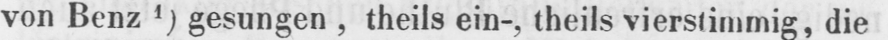
von Benz 1) gesungen, theils ein-, theils vierstimmig, die